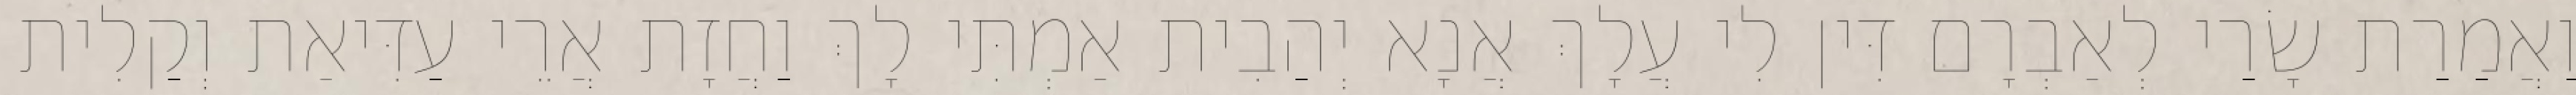
וַאֲמַרַת שָׂרַי לְאַבְרָם דִּין לִי עֲלָךְ אֲנָא יְהַבִית אַמְתִּי לָךְ וַחֲזָת אֲרֵי עַדִּיאַת וְקַלִית